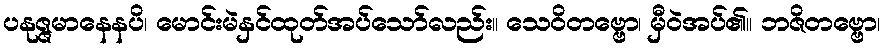
ပနုဇ္ဇမာနေနပိ၊ မောင်းမဲနှင်ထုတ်အပ်သော်လည်း။ သေဝိတဗ္ဗော၊ မှီဝဲအပ်၏။ ဘဇိတဗ္ဗော၊